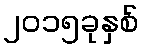
၂၀၁၅ခုနှစ်